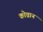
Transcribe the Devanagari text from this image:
कोच्रान